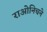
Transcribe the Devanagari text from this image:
राओनिचने